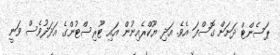
ޕަސެންޓް ދަށަށް ގޮސްފަ އެވެ. އަދި ޔޫކްރެއިނުން އައި ޓޫރިސްޓުންގެ އަދަދުވެސް ވަނީ